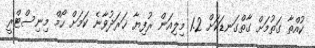
ކުއްތާ ގަތުމަށް ގާތްގަނޑަކަށް 1.2 މިލިއަން ރުފިޔާ ޚަރަދުވާނެ ކަމަށް ހޯމް މިނިސްޓްރީ